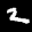
Label: 2